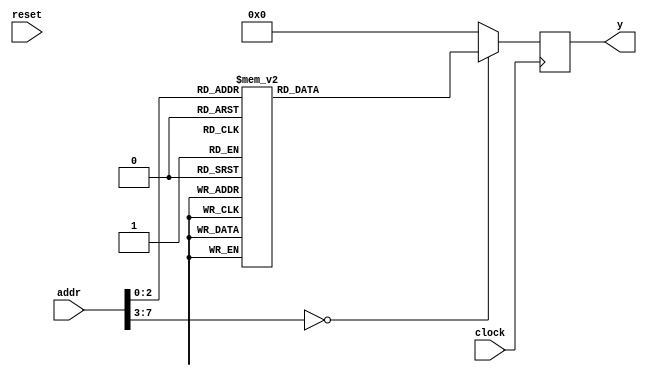
module main (
   input wire clock,
   input wire reset,
   input wire [7:0] addr,
   output wire [63:0] y
);
   (* ram_style = "block" *) reg [63:0] ram;

   always @(posedge clock) begin
     case(addr)
       8'd0: ram <= 64'h44881112_3100C1A1;
       8'd1: ram <= 64'h77101937_4014A2B2;
       8'd2: ram <= 64'h89239447_2932DAC3;
       8'd3: ram <= 64'h34784782_7910FCD4;
       8'd4: ram <= 64'hAD127839_139A12E5;
       8'd5: ram <= 64'h48572015_722903F6;
       8'd6: ram <= 64'hFF237248_24742117;
       8'd7: ram <= 64'h13874949_28924428;
       default: ram <= 64'd0;
     endcase
   end

   assign y = ram;

endmodule